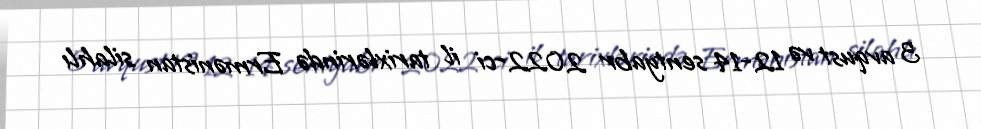
3 avqust və 12-14 sentyabr 2022-ci il tarixlərində Ermənistan silahlı